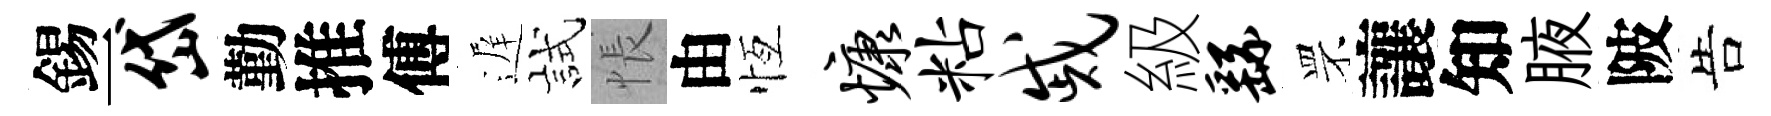
錫一岱勤推傅遅試悵由恆慷粘戚級繇罘讓知腋陂告